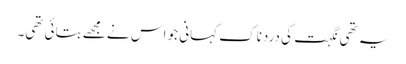
یہ تھی نگہت کی دردناک کہانی جو اس نے مجھے بتائی تھی۔